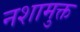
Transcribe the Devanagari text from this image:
नशामुक्त